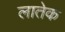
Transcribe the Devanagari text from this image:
लातेक